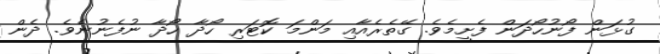
ގުޅަން ފޯނުހޯދަން ފެށީމެވެ. ގޭތެރެއާއި މަންމަ ކޮޓަރި ހޯދާ ހޯދާ ނުފެނުނެވެ. ދެން